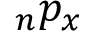
\, _ { n } p _ { x }